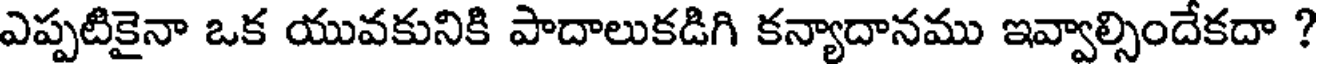
ఎప్పటికైనా ఒక యువకునికి పాదాలుకడిగి కన్యాదానము ఇవ్వాల్సిందేకదా ?